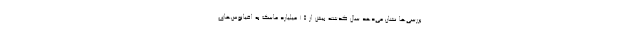
بررسی‌ها نشان می‌دهد سال گذشته بیش از ۱.۵ میلیارد ماسک به اقیانوس‌های